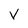
Character: V